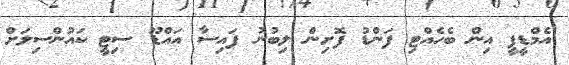
އެމްޑީޕީ އިން ބެހެއްޓި ފަންޑު ފޮށިން ލިބުނު ފައިސާ އައްޑޫ ސިޓީ ކައުންސިލަށް